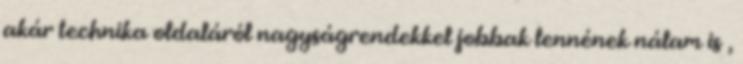
akár technika oldaláról nagyságrendekkel jobbak lennének nálam is ,